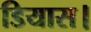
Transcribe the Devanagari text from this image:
डियास।